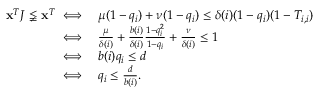
\begin{array} { r l } { \mathbf { x } ^ { T } J \lneqq \mathbf { x } ^ { T } \iff } & { \mu ( 1 - q _ { i } ) + \nu ( 1 - q _ { i } ) \leq \delta ( i ) ( 1 - q _ { i } ) ( 1 - T _ { i , i } ) } \\ { \iff } & { \frac { \mu } { \delta ( i ) } + \frac { b ( i ) } { \delta ( i ) } \frac { 1 - q _ { i } ^ { 2 } } { 1 - q _ { i } } + \frac { \nu } { \delta ( i ) } \leq 1 } \\ { \iff } & { b ( i ) q _ { i } \leq d } \\ { \iff } & { q _ { i } \leq \frac { d } { b ( i ) } . } \end{array}